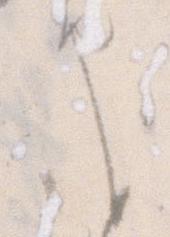
申